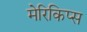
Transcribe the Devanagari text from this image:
मेरिकिप्स